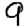
Digit: 9